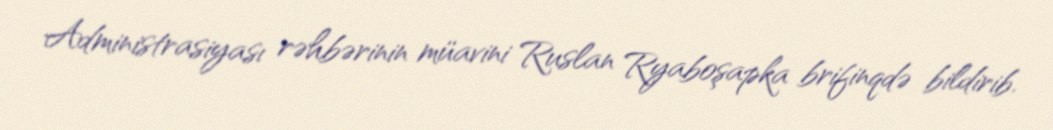
Administrasiyası rəhbərinin müavini Ruslan Ryaboşapka brifinqdə bildirib.